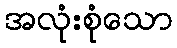
အလုံးစုံသော